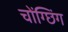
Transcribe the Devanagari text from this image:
चोंग्छिंग